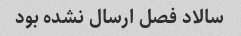
سالاد فصل ارسال نشده بود